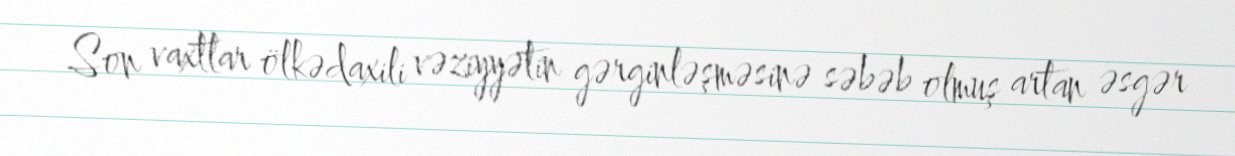
Son vaxtlar ölkədaxili vəziyyətin gərginləşməsinə səbəb olmuş artan əsgər